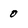
Character: 0